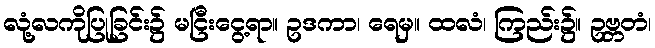
လုံ့လကိုပြုခြင်း၌ မငြီးငွေ့ရာ။ ဥဒကာ၊ ရေမှ။ ထလံ၊ ကြည်း၌။ ဥဗ္ဘတံ၊